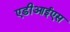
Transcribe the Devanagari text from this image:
एडीआईएस